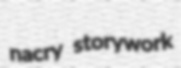
nacry storywork